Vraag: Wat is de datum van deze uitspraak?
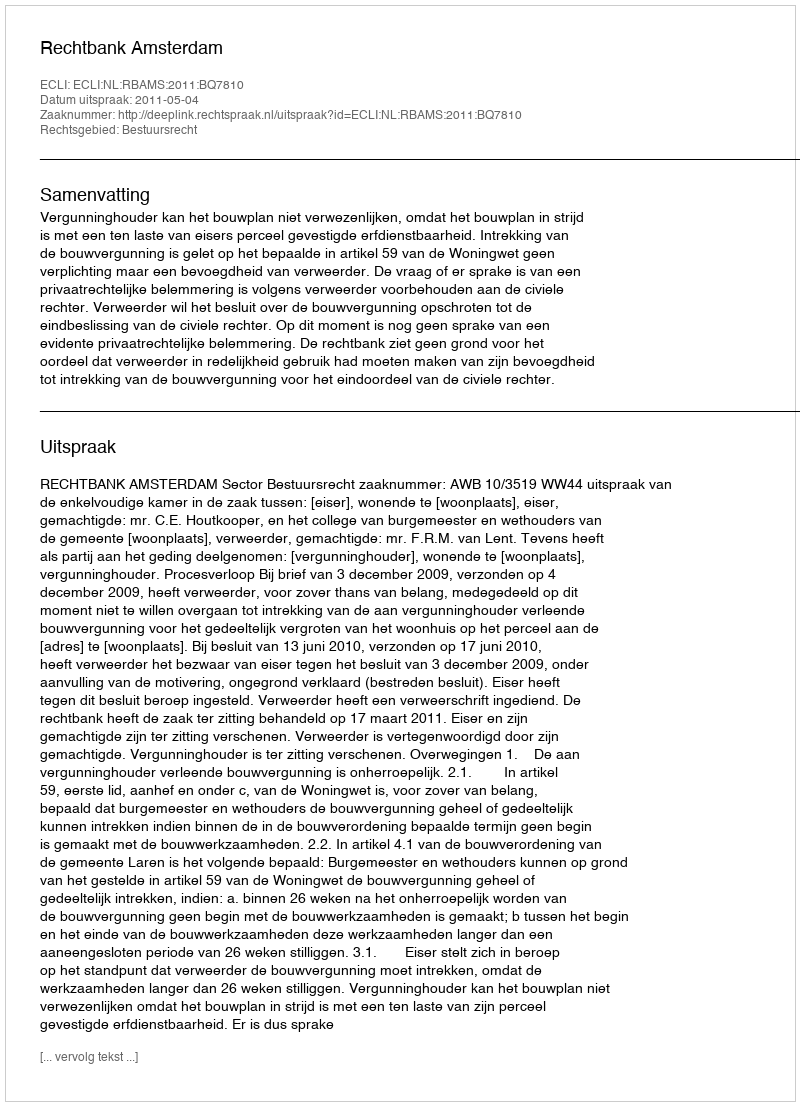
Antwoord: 2011-05-04